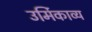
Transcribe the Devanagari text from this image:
उर्मिकाव्य